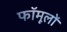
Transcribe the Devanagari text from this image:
फॉमूलों